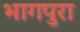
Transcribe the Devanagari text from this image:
भागपुरा